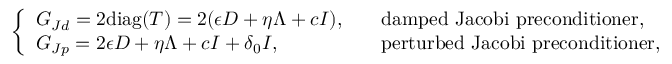
\left\{ \begin{array} { l l } { G _ { J d } = 2 \mathrm { d i a g } ( T ) = 2 ( \epsilon D + \eta \Lambda + c I ) , \quad } & { \mathrm { d a m p e d ~ J a c o b i ~ p r e c o n d i t i o n e r } , } \\ { G _ { J p } = 2 { \epsilon } D + \eta \Lambda + c I + \delta _ { 0 } I , \quad } & { \mathrm { p e r t u r b e d ~ J a c o b i ~ p r e c o n d i t i o n e r } , } \end{array} \right.